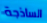
الساذجة